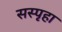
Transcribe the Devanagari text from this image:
सस्पृहा